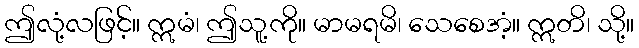
ဤလုံ့လဖြင့်။ ဣမံ၊ ဤသူ့ကို။ မာမရမိ၊ သေစေအံ့။ ဣတိ၊ သို့။